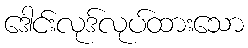
ဒေါင်းလုဒ်လုပ်ထားသော